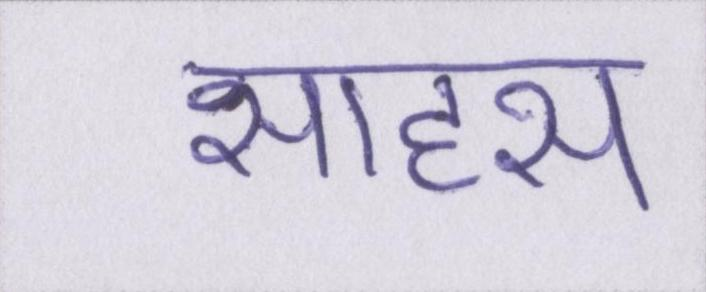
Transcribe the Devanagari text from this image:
साहस